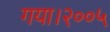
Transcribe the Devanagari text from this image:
गया।२००५